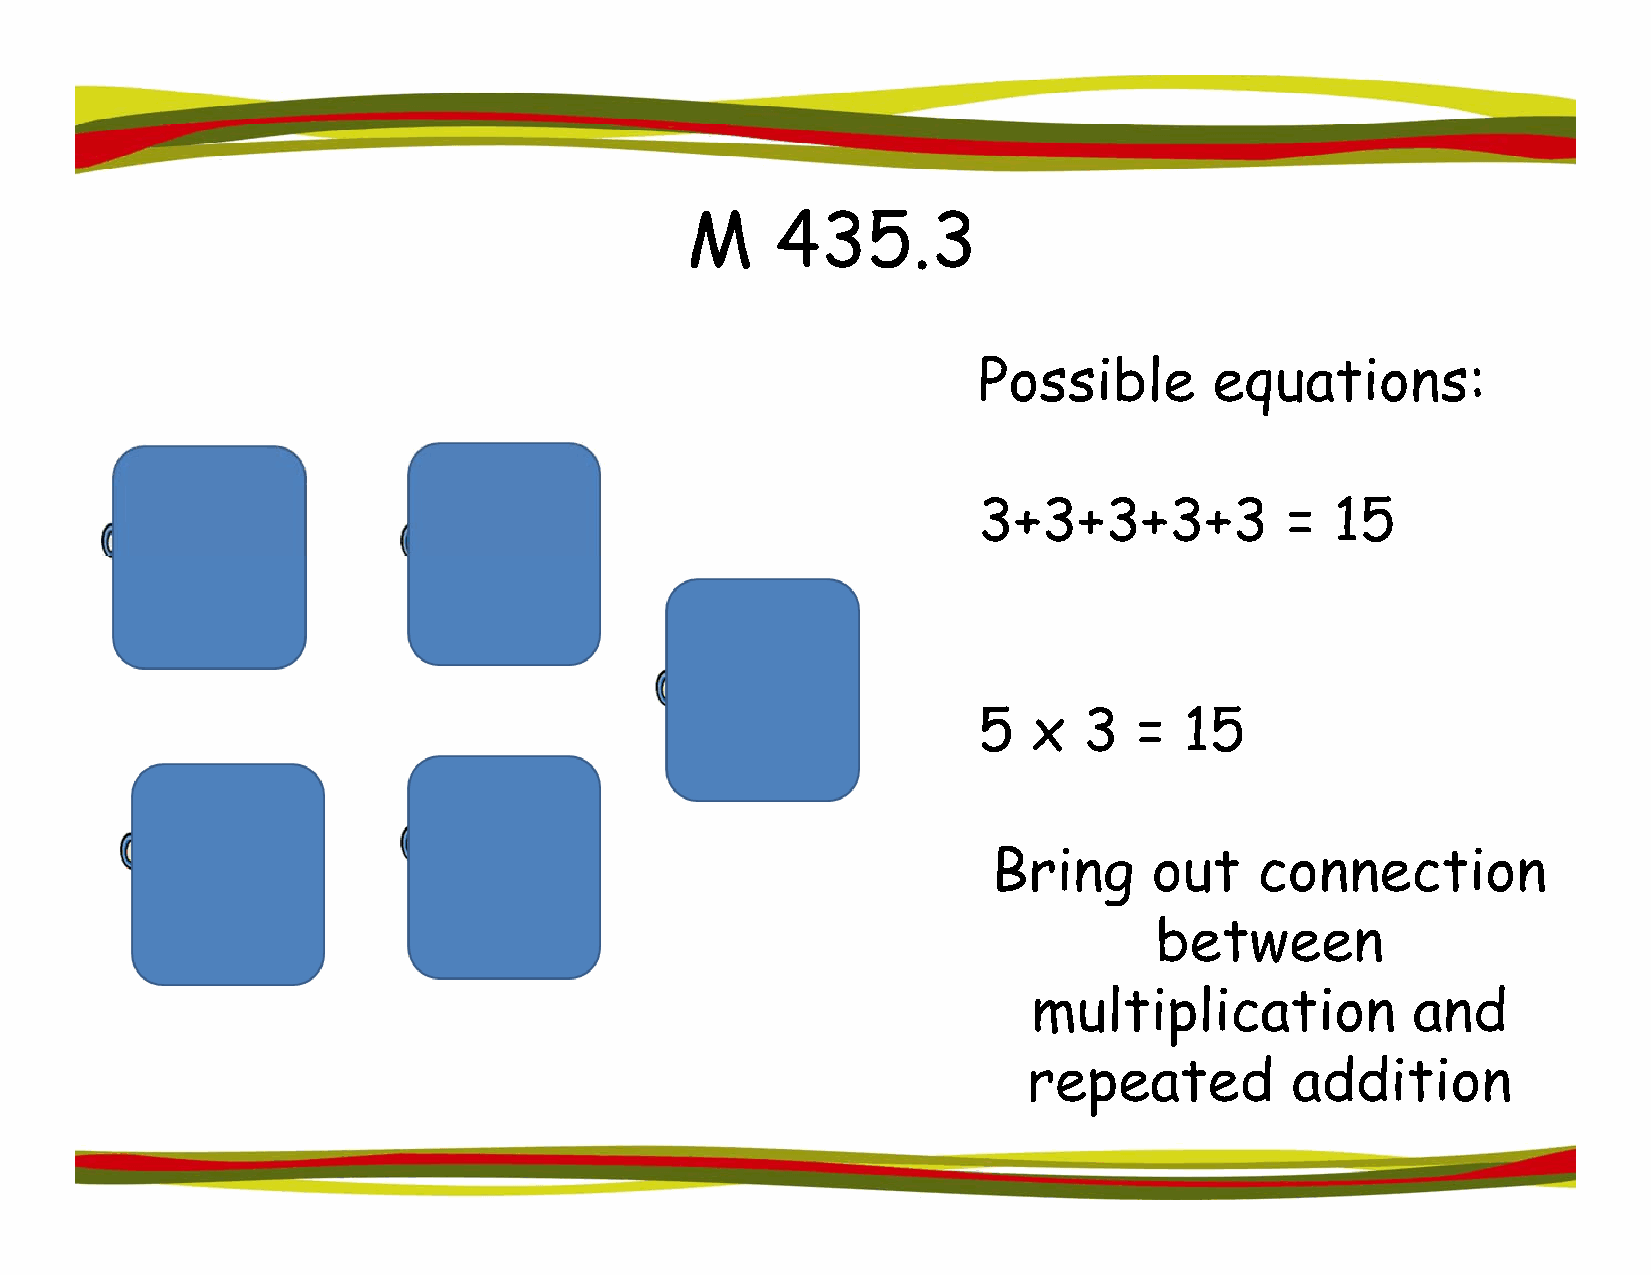
MM    443355.33
 PPoossssiibbllee eeqquuaattiioonnss::
 3+3+3+3+3           =  15
 55 x   33 =  1155
 BBrriinngg oouutt ccoonnnneeccttiioonn
 between
 multipplication          and
 repeated         addition